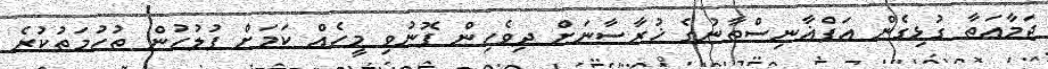
ޖަމާއަތާ ގުޅިގެން އަފްޣާނިސްތާނުގެ ޚުރާސާނަށް ދިވެހިން ފޮނުވި މީހެއް ކަމަށް ފުލުހުން ތުހުމަތުކުރެ